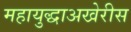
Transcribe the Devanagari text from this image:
महायुद्धाअखेरीस